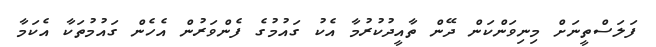
ފަލަސްތީނަށް މިނިވަންކަން ދޭން ތާއީދުކުރުމާ އެކު ގައުމުގެ ފެންވަރުން އެހެން ގައުމުތަކާ އެކަމާ